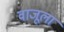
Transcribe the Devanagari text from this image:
वाजूला